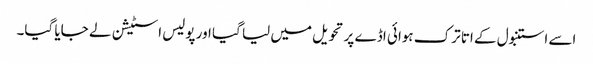
اسے استنبول کے اتا ترک ہوائی اڈے پر تحویل میں لیا گیا اور پولیس اسٹیشن لے جایا گیا۔